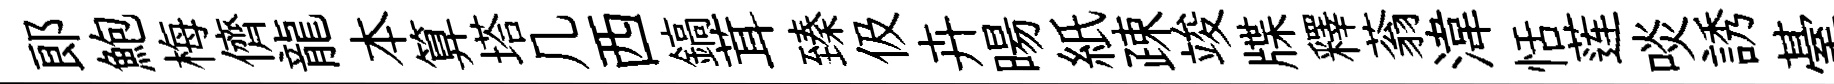
郎鮑梅儕龍本算塔几西鎬茸臻伋卉暘紙疎竣牒釋蓊湋恬莲啖誘䑓遨